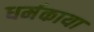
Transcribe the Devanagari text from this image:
धर्मकाया